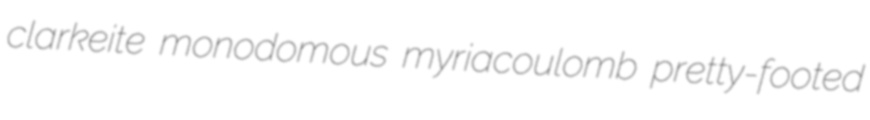
clarkeite monodomous myriacoulomb pretty-footed